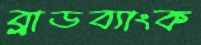
ব্লাডব্যাংক